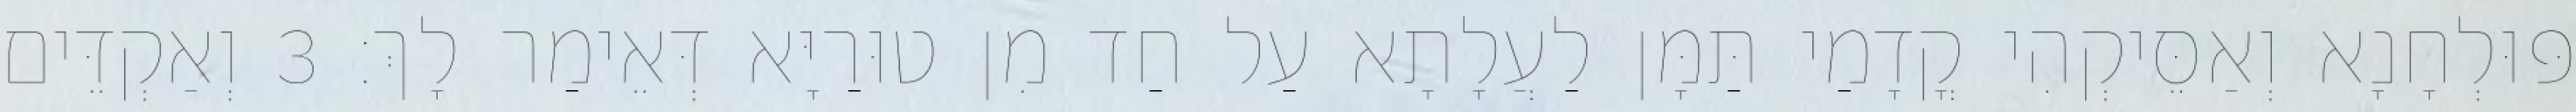
פּוּלְחָנָא וְאַסֵּיקְהִי קֳדָמַי תַּמָּן לַעֲלָתָא עַל חַד מִן טוּרַיָּא דְּאֵימַר לָךְ׃ 3 וְאַקְדֵּים